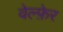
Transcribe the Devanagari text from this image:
वेल्फ़ेर